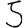
Digit: 5